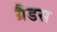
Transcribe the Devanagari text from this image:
ग्रैंडस